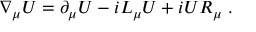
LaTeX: \nabla _ { \mu } U = \partial _ { \mu } U - i { \cal L } _ { \mu } U + i U { \cal R } _ { \mu } \ .